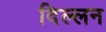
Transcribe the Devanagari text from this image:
दिल्लन